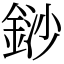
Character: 䤬